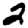
Digit: 2